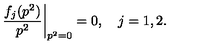
\frac { f _ { j } ( p ^ { 2 } ) } { p ^ { 2 } } { \bigg | } _ { p ^ { 2 } = 0 } = 0 , \quad j = 1 , 2 .